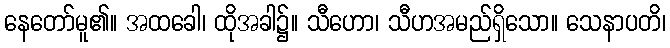
နေတော်မူ၏။ အထခေါ၊ ထိုအခါ၌။ သီဟော၊ သီဟအမည်ရှိသော။ သေနာပတိ၊